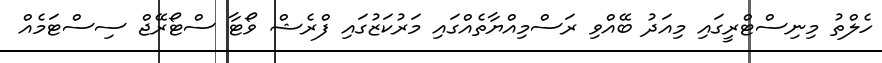
ހެލްތު މިނިސްޓްރީގައި މިއަދު ބޭއްވި ރަސްމިއްޔާތެއްގައި މަރުކަޒުގައި ފްރެޝް ވޯޓާ ސްޓޯރޭޖް ސިސްޓަމެއް